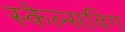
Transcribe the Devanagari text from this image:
स्केल्सविग